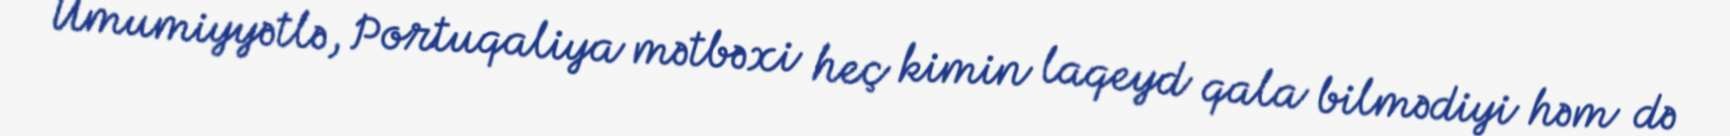
Ümumiyyətlə, Portuqaliya mətbəxi heç kimin laqeyd qala bilmədiyi həm də